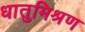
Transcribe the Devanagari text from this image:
धातुमिश्रण